Eesti_Vabariigi_Tartu_Ulikool, lk 51
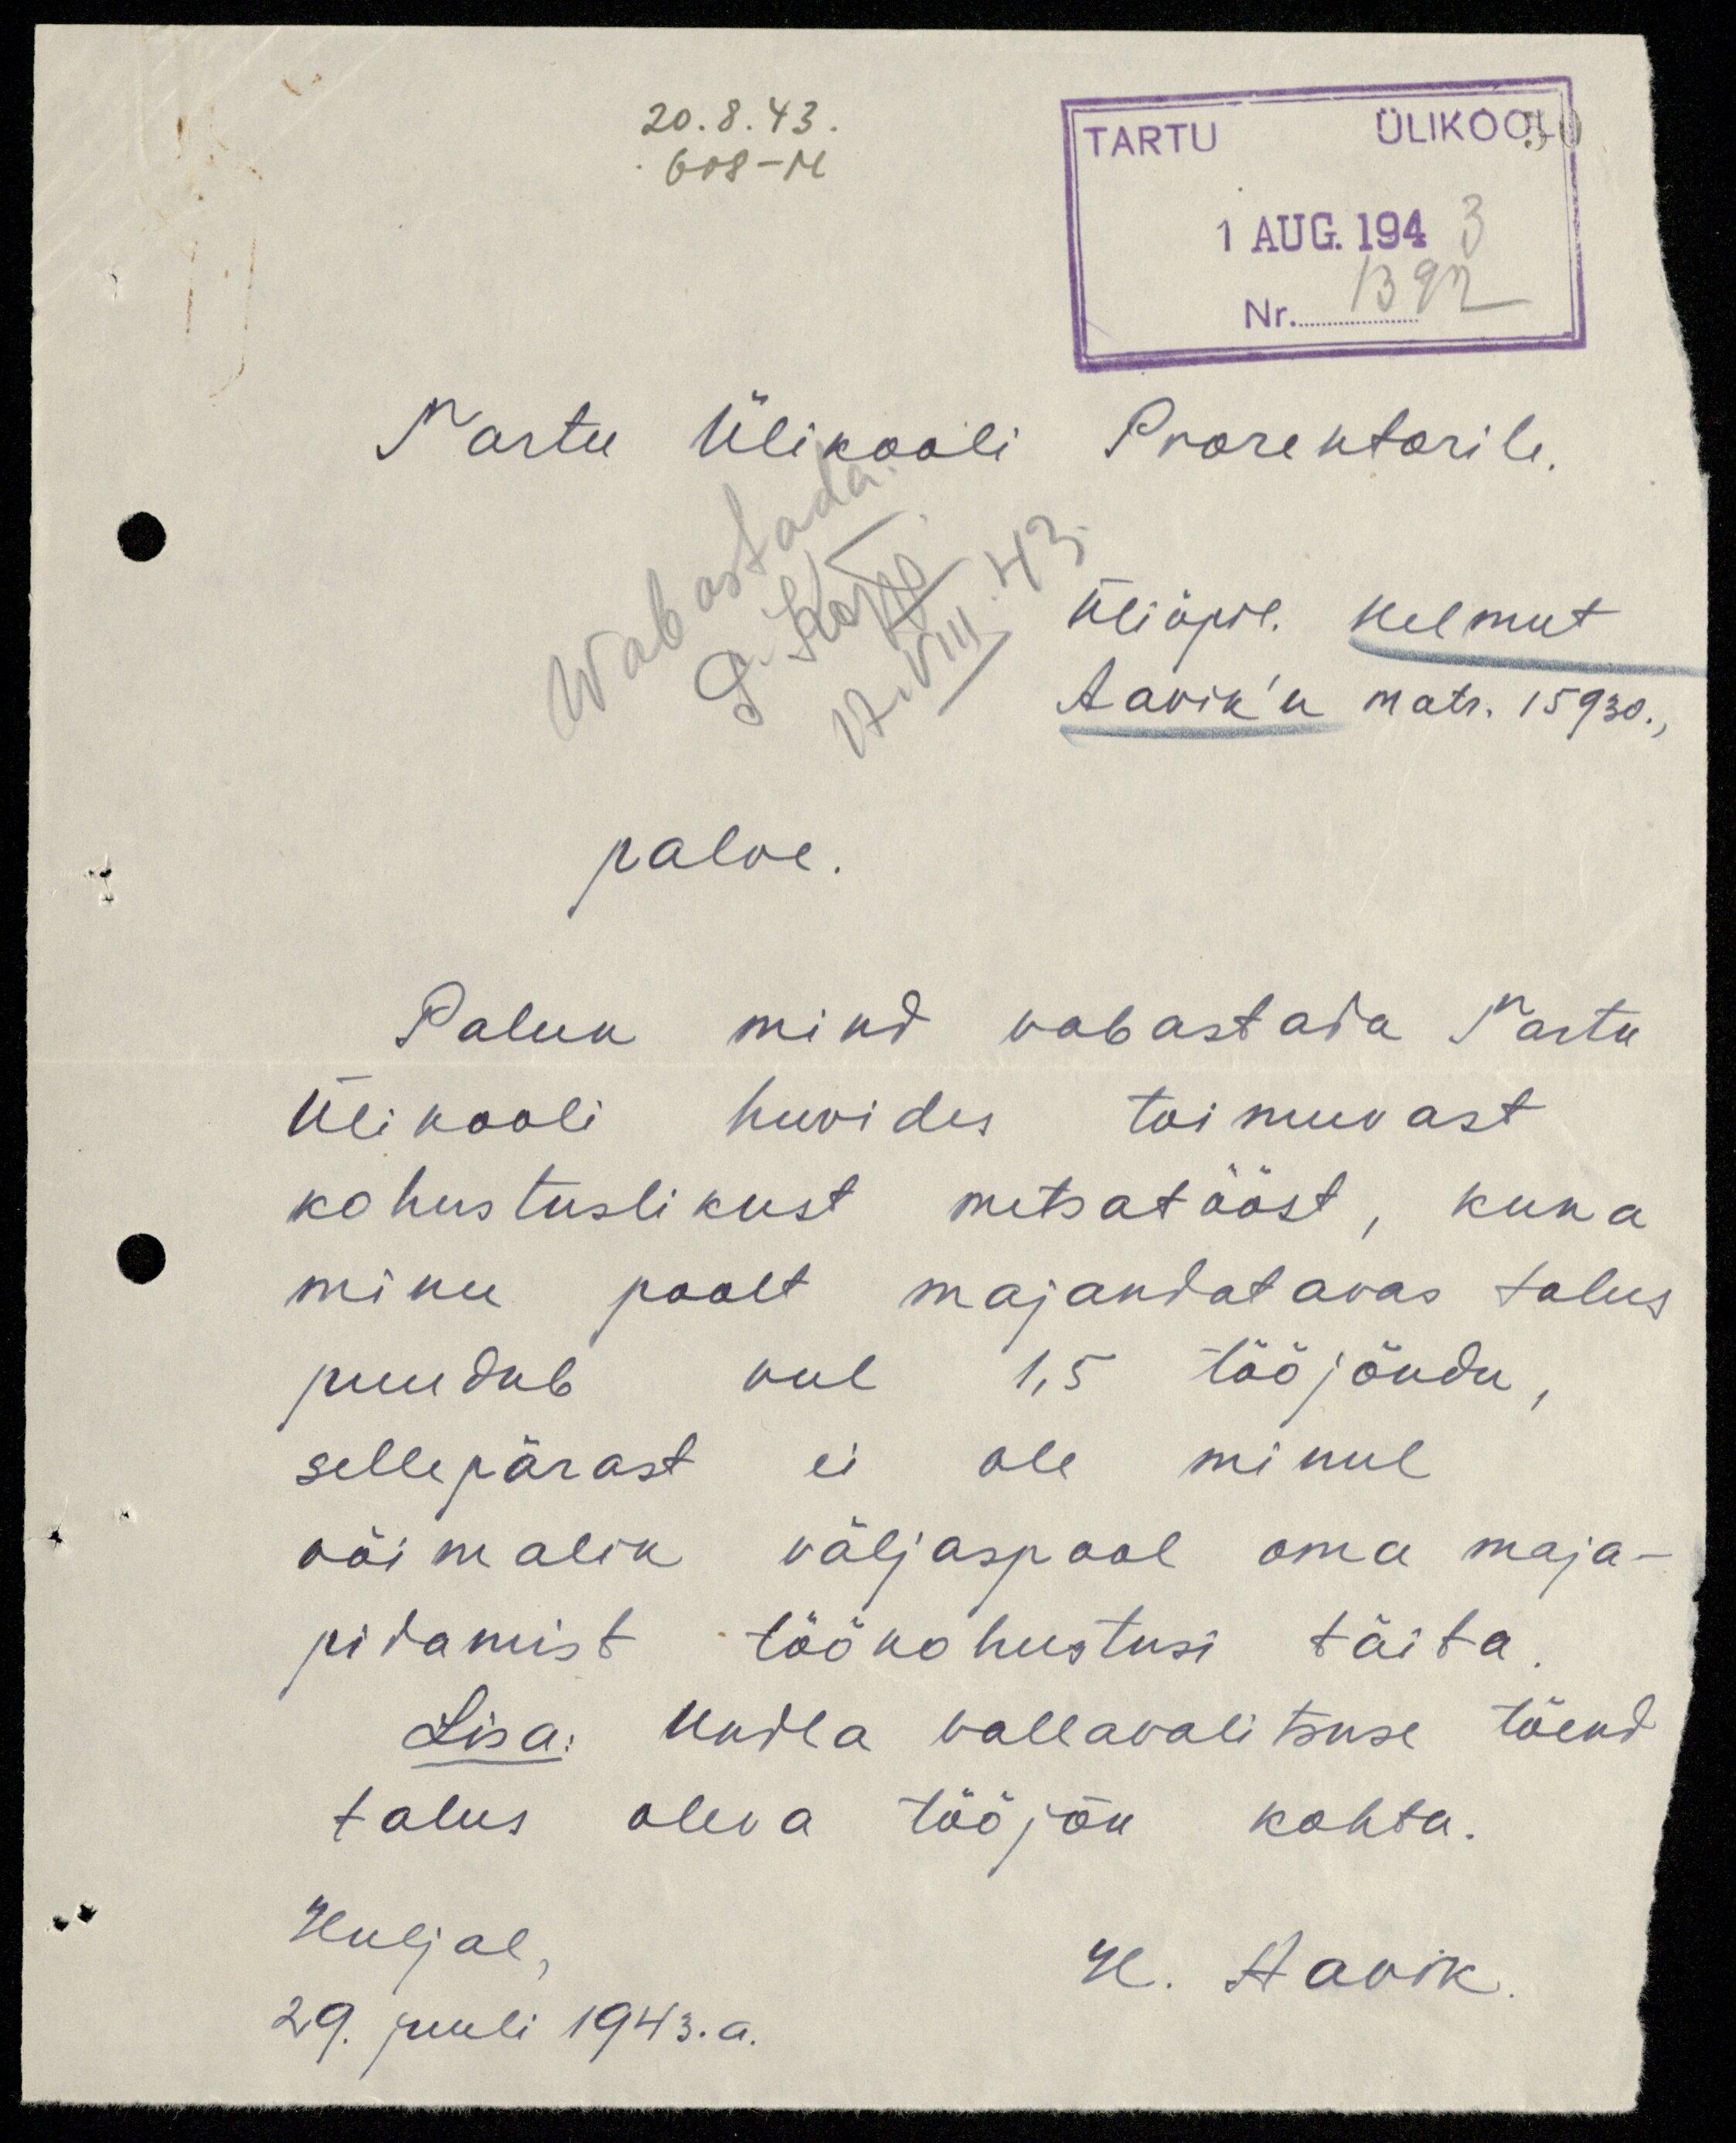
20. 8. 43.
608-M
TARTU ÜLIKOOL
1 AUG. 1943
Nr. 1392
Tartu Ülikooli Prorektorile.
Wabastada
P. Kõpp
17. VIII .43
Üliõpil. Helmut
Aavik'u matr. 15930.,
palve.
Palun mind vabastada Tartu
Ülikooli huvides toimuvast
kohustuslikust metsatööst, kuna
minu poolt majandatavas talus
puudub veel 1,5 tööjõudu,
sellepärast ei ole minul
võimalik väljaspool oma maja-
pidamist töökohustusi täita
Lisa: Undla vallavalitsuse tõend
talus oleva tööjõu kohta.
Huljal,
H. Aavik.
29. juuli 1943. a.